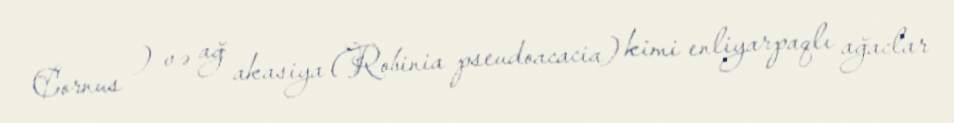
Cornus ) və ağ akasiya (Robinia pseudoacacia) kimi enliyarpaqlı ağaclar